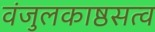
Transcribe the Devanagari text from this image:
वंजुलकाष्ठसत्व